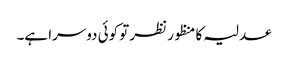
عدلیہ کا منظور نظر تو کوئی دوسرا ہے۔